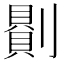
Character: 𠟻